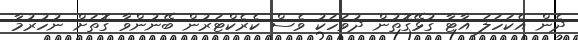
ދެން އެކަހަލަ އާޓާ ގުޅޭގޮތުން ދުވަހަކު ވެސް ކެރެކްޓަރުން ބޭނުންވާ ގޮތަށް ނުހުރުމާ